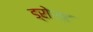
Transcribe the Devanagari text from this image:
ड्रोस्ट